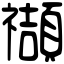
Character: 𥜝